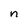
Character: n